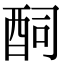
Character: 䣳